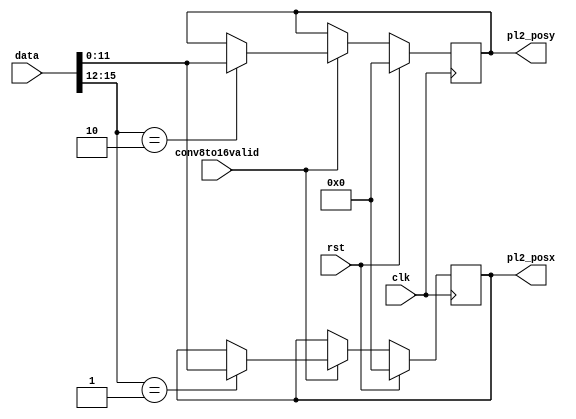
/*--------------------------------------*/
/*      AUTHOR - Stanislaw Klat         */
/*--------------------------------------*/

module uart_demux (
    input wire [15:0] data,
    input wire clk,
    input wire rst,
    output reg [11:0] pl2_posx,
    output reg [11:0] pl2_posy,
    input wire conv8to16valid
  );

  localparam  PL2_POSX = 4'h1,
              PL2_POSY = 4'h2,
              SYNC = 4'hF;
             


reg [11:0] pl1_posx_nxt, pl1_posy_nxt, pl2_posx_nxt,
            pl2_posy_nxt, ball_posx_nxt, ball_posy_nxt;
reg [3:0] pl1_score_nxt, pl2_score_nxt;
reg flag_point_nxt, end_game_nxt;

  always @(posedge clk)
  begin
    if(rst)
    begin
      pl2_posx <= 12'b0;
      pl2_posy <= 12'b0;
    end
    else
    begin
      pl2_posx <= pl2_posx_nxt;
      pl2_posy <= pl2_posy_nxt;
    end

  end

  always @*
  begin
    pl2_posx_nxt = pl2_posx;
    pl2_posy_nxt = pl2_posy;
    if(conv8to16valid)
      case(data[15:12])
        PL2_POSX:
          pl2_posx_nxt = data[11:0];
        PL2_POSY:
          pl2_posy_nxt = data[11:0];
      endcase
  end

  endmodule